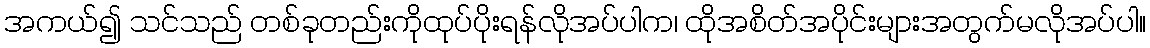
အကယ်၍ သင်သည် တစ်ခုတည်းကိုထုပ်ပိုးရန်လိုအပ်ပါက၊ ထိုအစိတ်အပိုင်းများအတွက်မလိုအပ်ပါ။